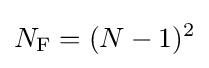
N_{\text{F}}=(N-1)^{2}